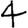
Digit: 4